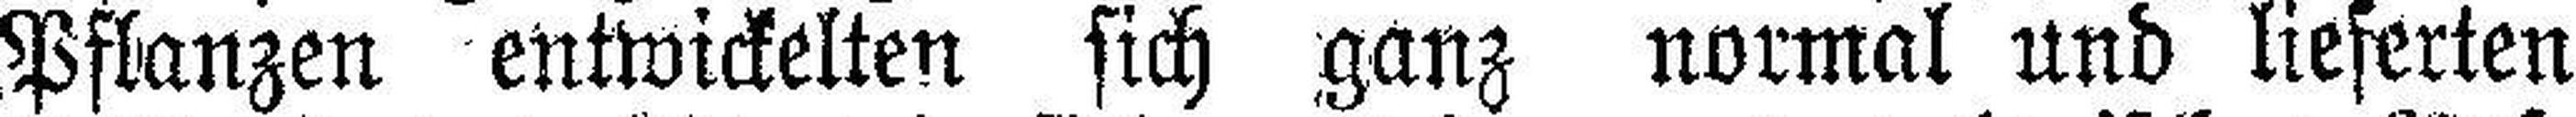
Pflanzen entwickelten sich ganz normal und lieferten